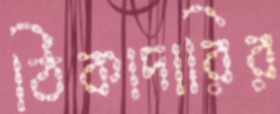
ঠিকাদারির